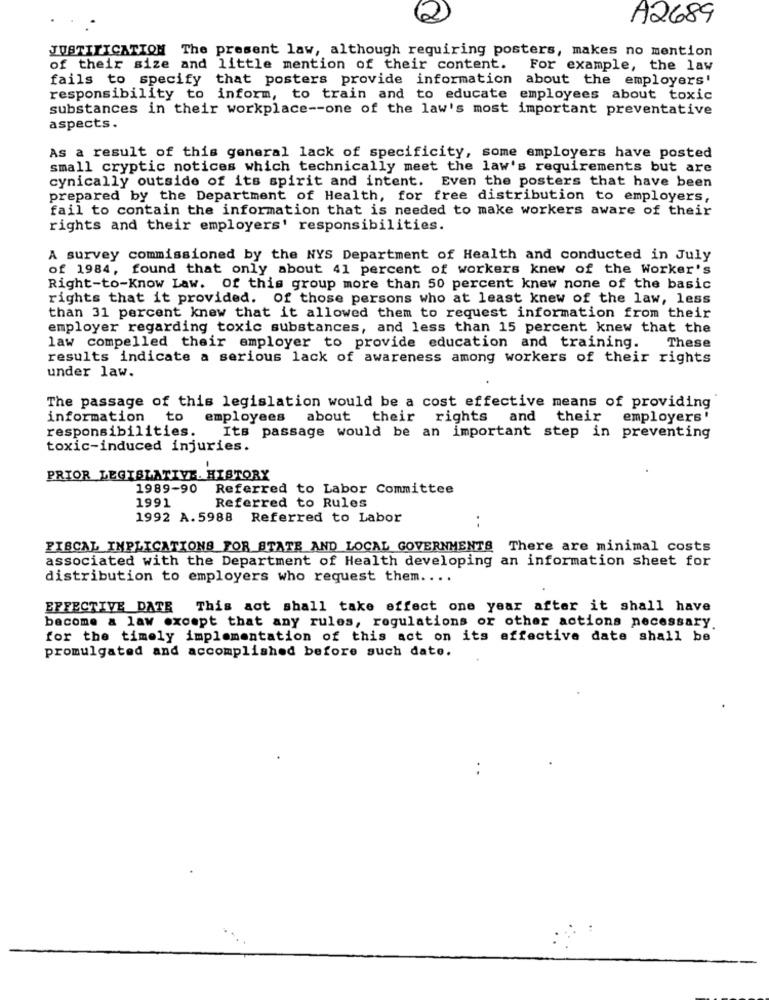
A2689
JUSTIFICATION The present law, although requiring posters, makes no mention
of their size and little mention of their content. For example, the law
fails to specify that posters provide information about the employers'
responsibility to inform, to train and to educate employees about toxic
substances in their workplace -- one of the law's most important preventative
aspects.
As a result of this general lack of specificity, some employers have posted
small cryptic notices which technically meet the law's requirements but are
cynically outside of its spirit and intent. Even the posters that have been
prepared by the Department of Health, for free distribution to employers,
fail to contain the information that is needed to make workers aware of their
rights and their employers' responsibilities.
A survey commissioned by the NYS Department of Health and conducted in July
of 1984, found that only about 41 percent of workers knew of the Worker's
Right-to-Know Law. of this group more than 50 percent knew none of the basic
rights that it provided. Of those persons who at least knew of the law, less
than 31 percent knew that it allowed them to request information from their
employer regarding toxic substances, and less than 15 percent knew that the
law compelled their employer to provide education and training. These
results indicate a serious lack of awareness among workers of their rights
under law.
The passage of this legislation would be a cost effective means of providing
information to
employees a
about their rights and their employers'
responsibilities.
Its passage would be an important step in preventing
toxic-induced injuries.
PRIOR LEGISLATIVE. HISTORY
1989-90
Referred to Labor Committee
1991
Referred to Rules
1992 A.5988
Referred to Labor
..
FISCAL IMPLICATIONS FOR STATE AND LOCAL GOVERNMENTS There are minimal costs
associated with the Department of Health developing an information sheet for
distribution to employers who request them ....
EFFECTIVE DATE
This act shall take effect one year after it shall have
become a law except that any rules, regulations or other actions necessary
for the timely implementation of this act on its effective date shall be
promulgated and accomplished before such date.
..